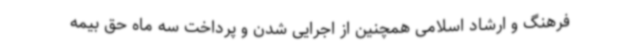
فرهنگ و ارشاد اسلامی همچنین از اجرایی شدن و پرداخت سه ماه حق بیمه